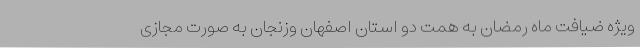
ویژه ضیافت ماه رمضان به همت دو استان اصفهان وزنجان به صورت مجازی